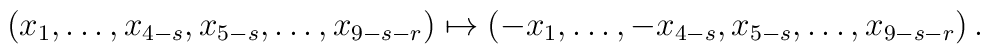
(x_1, \dots, x_{4-s}, x_{5-s}, \dots, x_{9-s-r}) \mapsto  (-x_1, \dots, -x_{4-s}, x_{5-s}, \dots, x_{9-s-r})\,.